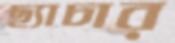
ছ্যাচার